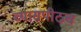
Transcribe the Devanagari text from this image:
व्यासपीठच